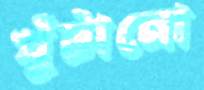
খুঁটানো